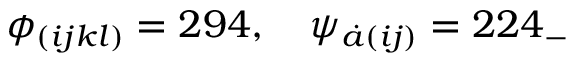
\phi _ { ( i j k l ) } = 2 9 4 , \quad \psi _ { \dot { a } ( i j ) } = 2 2 4 _ { - }